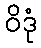
ဝိဒုံ